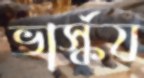
ভার্স্কয